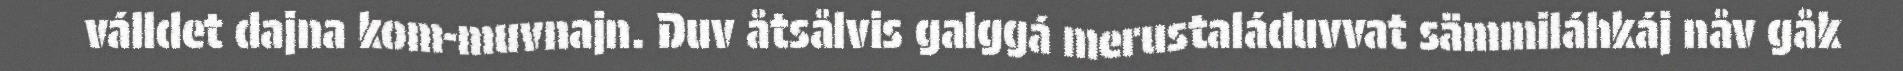
válldet dajna kom-muvnajn. Duv åtsålvis galggá merustaláduvvat sämmiláhkáj nåv gåk